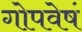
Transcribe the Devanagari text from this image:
गोपवेषं